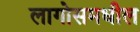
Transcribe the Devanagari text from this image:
लागोसमधील